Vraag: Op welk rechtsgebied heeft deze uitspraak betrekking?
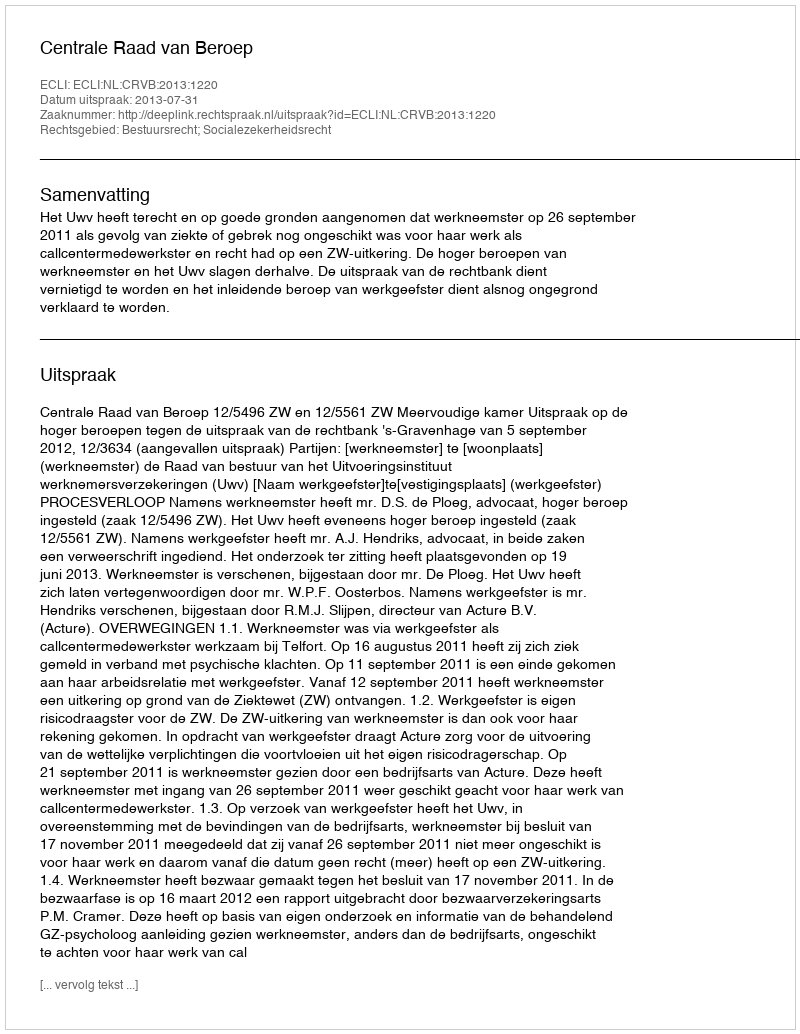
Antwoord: Bestuursrecht; Socialezekerheidsrecht